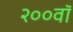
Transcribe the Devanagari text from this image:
२००वॉ